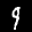
Digit: 9